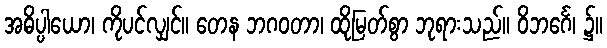
အဓိပ္ပါယော၊ ကိုပင်လျှင်။ တေန ဘဂဝတာ၊ ထိုမြတ်စွာ ဘုရားသည်။ ဝိဘင်္ဂေ၊ ၌။